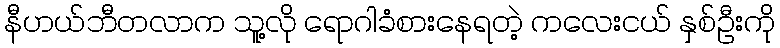
နီဟယ်ဘီတလာက သူ့လို ရောဂါခံစားနေရတဲ့ ကလေးငယ် နှစ်ဦးကို